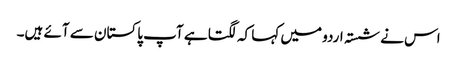
اس نے شستہ اردو میں کہا کہ لگتا ہے آپ پاکستان سے آئے ہیں۔